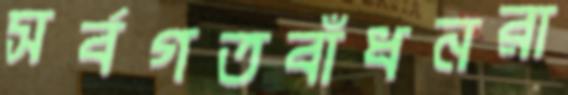
সর্বগতবাঁধনরা